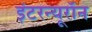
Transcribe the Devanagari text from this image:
इंटरन्यूरॉन